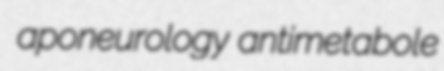
aponeurology antimetabole